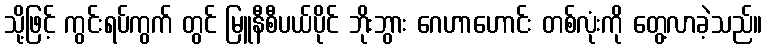
သို့ဖြင့် ကွင်းရပ်ကွက် တွင် မြူနီစီပယ်ပိုင် ဘိုးဘွား ဂေဟာဟောင်း တစ်လုံးကို တွေ့လာခဲ့သည်။